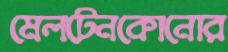
মেলটেনকোনোর